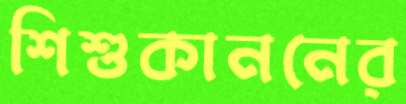
শিশুকাননের